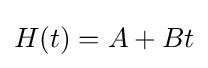
H(t)=A+Bt